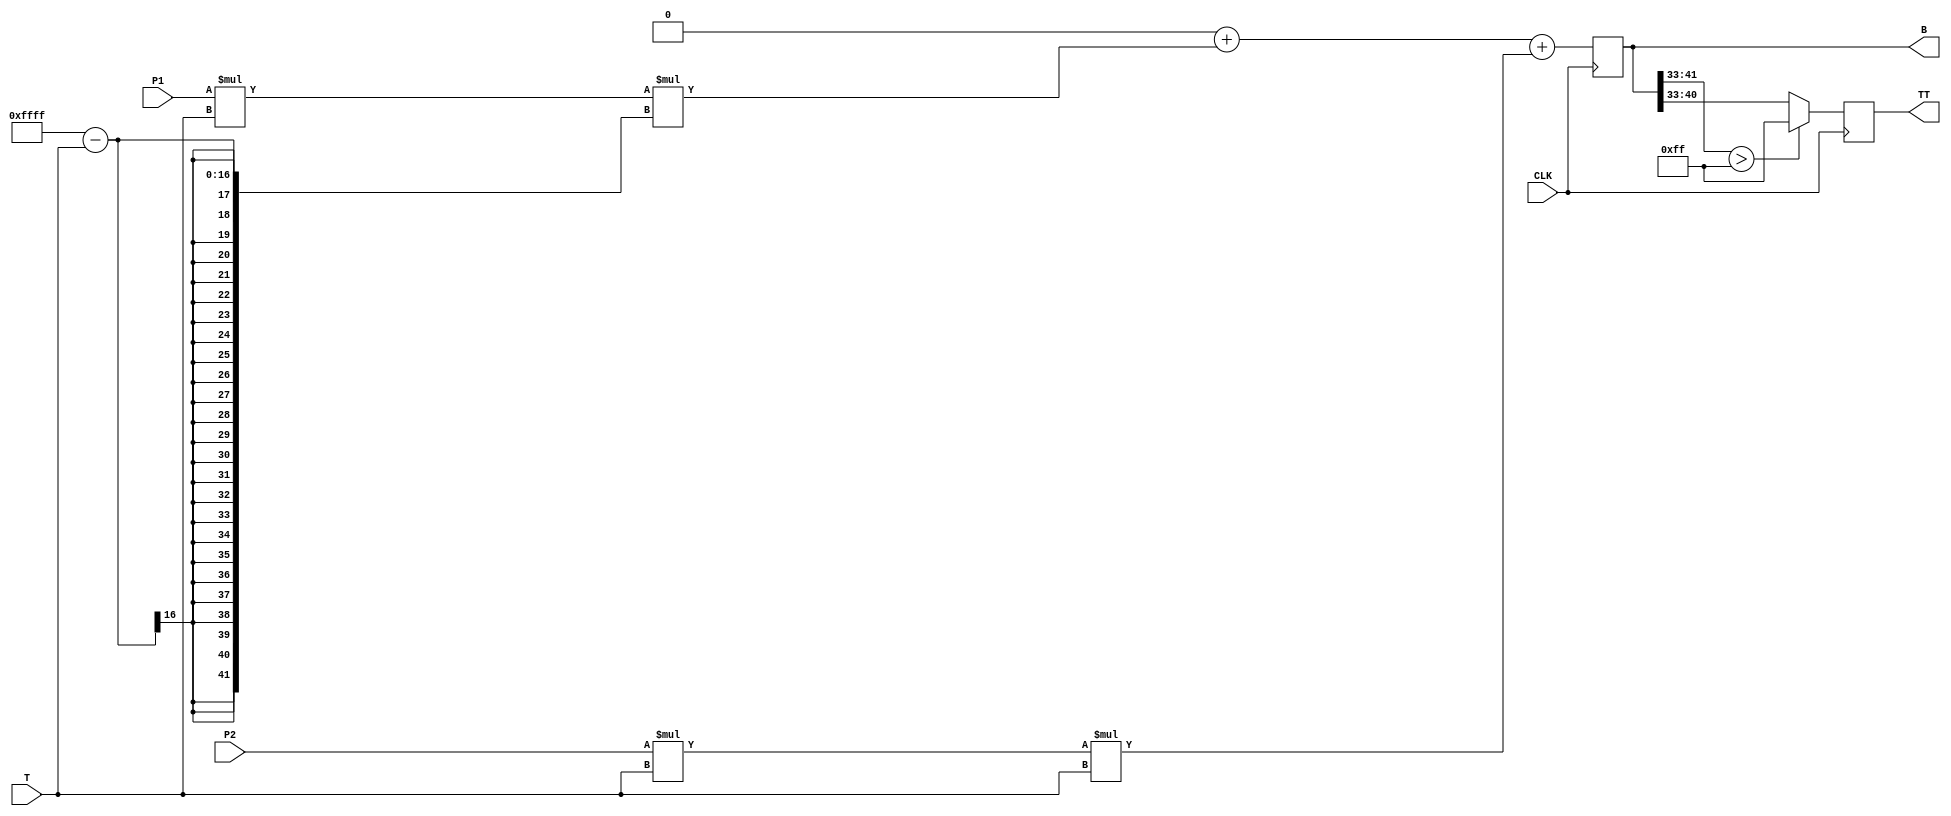

module BEZIER_CURVE   ( 
  input  [9:0 ] P1, 
  input  [9:0 ] P2,
  input  [15:0] T,
  input  CLK , 
  output reg [7:0] TT /* synthesis keep */,
  output reg [41:0] B /* synthesis keep */
  //output  [7:0] TT /* synthesis keep */ ,
  //output  [41:0] B /* synthesis keep */
  
  
  ) ;  
 
 //assign B  = 0 +  P1 * ( T )  *  (16'hffff - T) +  P2 *T * T ; 
 //assign TT [7:0] =  B[39:32] ;
 
 
 always @(posedge  CLK ) begin 
  TT [7:0] <=  ( B[41:33] > 255 )?255 : B[40:33] ;
  B        <= 0 +  P1 * ( T )  *  (16'hffff - T) +  P2 *T * T ; 
 end 

 
endmodule